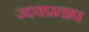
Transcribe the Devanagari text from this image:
उदयप्रताप